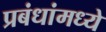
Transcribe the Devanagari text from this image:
प्रबंधांमध्ये